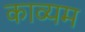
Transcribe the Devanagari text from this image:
काव्यम